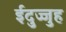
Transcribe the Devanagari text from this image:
ईदुज्जुह